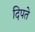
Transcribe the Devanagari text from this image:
दिपते